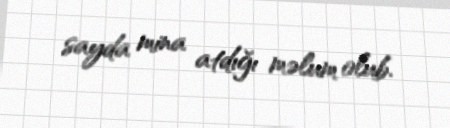
sayda mina atdığı məlum olub.